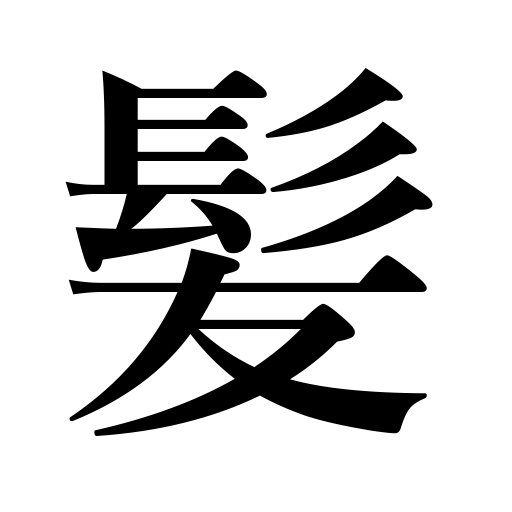
Meanings: the hair